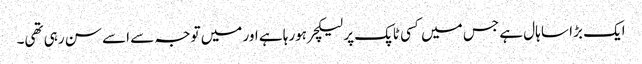
ایک بڑا سا ہال ہے جس میں‌ کسی ٹاپک پر لیکچر ہورہا ہے اور میں‌ توجہ سے اسے سن رہی تھی۔